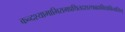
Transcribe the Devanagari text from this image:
कन्दश्यामाभिरामप्रथितदशरथब्रह्मविद्याविलासिन्